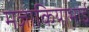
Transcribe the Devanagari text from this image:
मज़ाकियाभाई